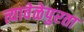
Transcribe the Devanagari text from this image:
त्यावेळेपुरता